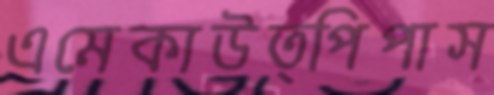
এমেকাউত্পিপাস